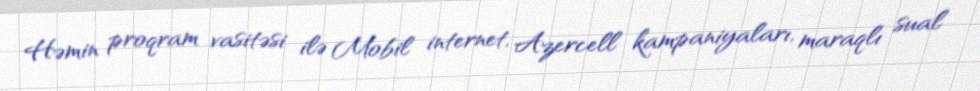
Həmin proqram vasitəsi ilə Mobil internet, Azercell kampaniyaları, maraqlı sual